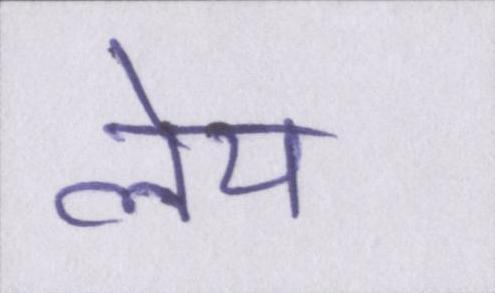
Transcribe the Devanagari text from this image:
लेय